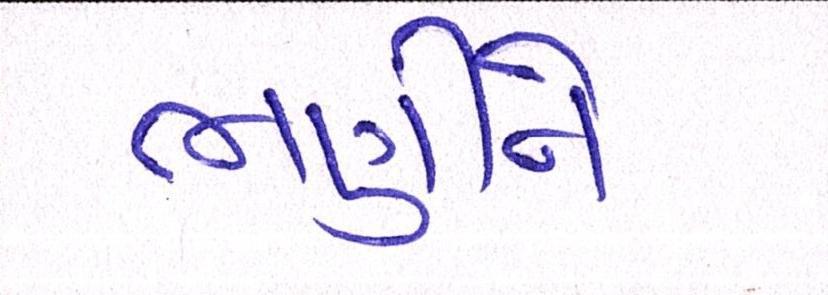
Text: ભણીને